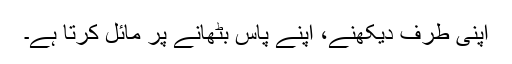
اپنی طرف دیکھنے، اپنے پاس بٹھانے پر مائل کرتا ہے۔